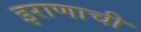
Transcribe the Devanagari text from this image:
इराणाची